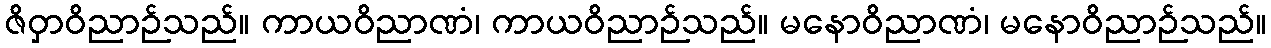
ဇိဝှာဝိညာဉ်သည်။ ကာယဝိညာဏံ၊ ကာယဝိညာဉ်သည်။ မနောဝိညာဏံ၊ မနောဝိညာဉ်သည်။